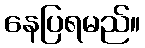
နေပြရမည်။